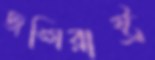
জঙ্গিরাষ্ট্র